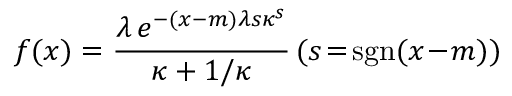
f ( x ) = { \frac { \lambda \, e ^ { - ( x - m ) \lambda s \kappa ^ { s } } } { \kappa + 1 / \kappa } } \, ( s \! = \! \operatorname { s g n } ( x \! - \! m ) )